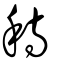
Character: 秲